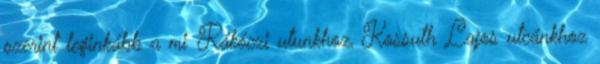
szerint leginkább a mi Rákóczi utunkhoz, Kossuth Lajos utcánkhoz